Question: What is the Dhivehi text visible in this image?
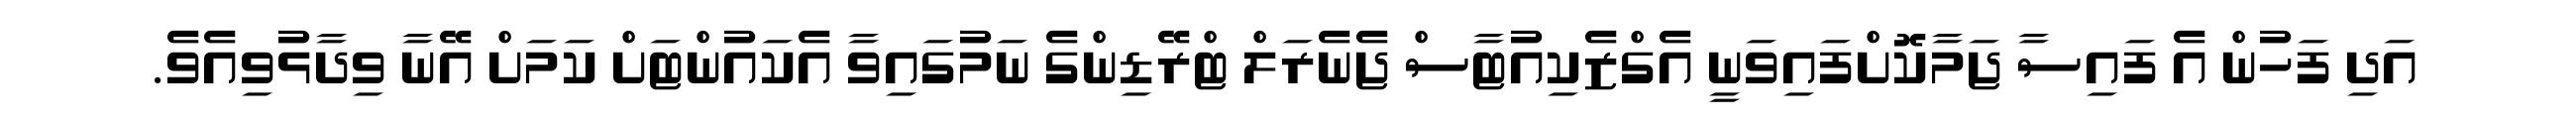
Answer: އަދި ފަހުން އެ ފައިސާ ޖަމާކޮށްފައިވަނީ އެގްޒެކިއުޓާސް ޖެނެރަލް ޓްރޭޑިންގެ ނަމުގައިވާ އެކައުންޓަށް ކަމަށް އޭނާ ވިދާޅުވިއެވެ.